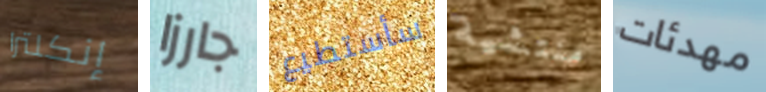
إنكلترا جارزا سأستطيع منتشية مهدئات